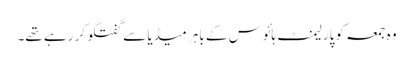
وہ جمعہ کو پارلیمنٹ ہائوس کے باہر میڈیا سے گفتگو کر رہے تھے۔